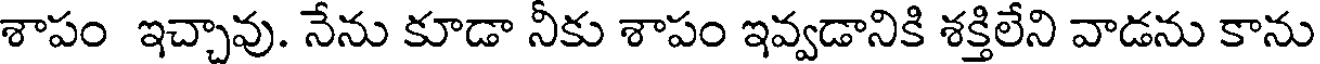
శాపం ఇచ్చావు. నేను కూడా నీకు శాపం ఇవ్వడానికి శక్తిలేని వాడను కాను